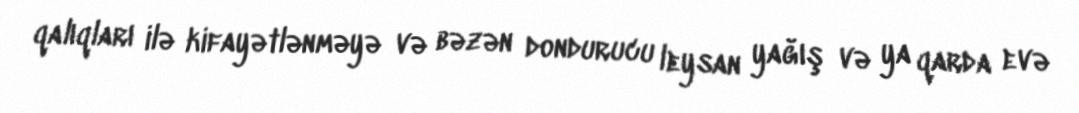
qalıqları ilə kifayətlənməyə və bəzən dondurucu leysan yağış və ya qarda evə